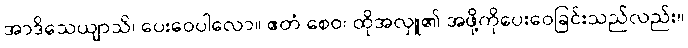
အာဒိသေယျာသိ၊ ပေးဝေပါလော။ ဧတံ စေဝ၊ ထိုအလှူ၏ အဖို့ကိုပေးဝေခြင်းသည်လည်း။